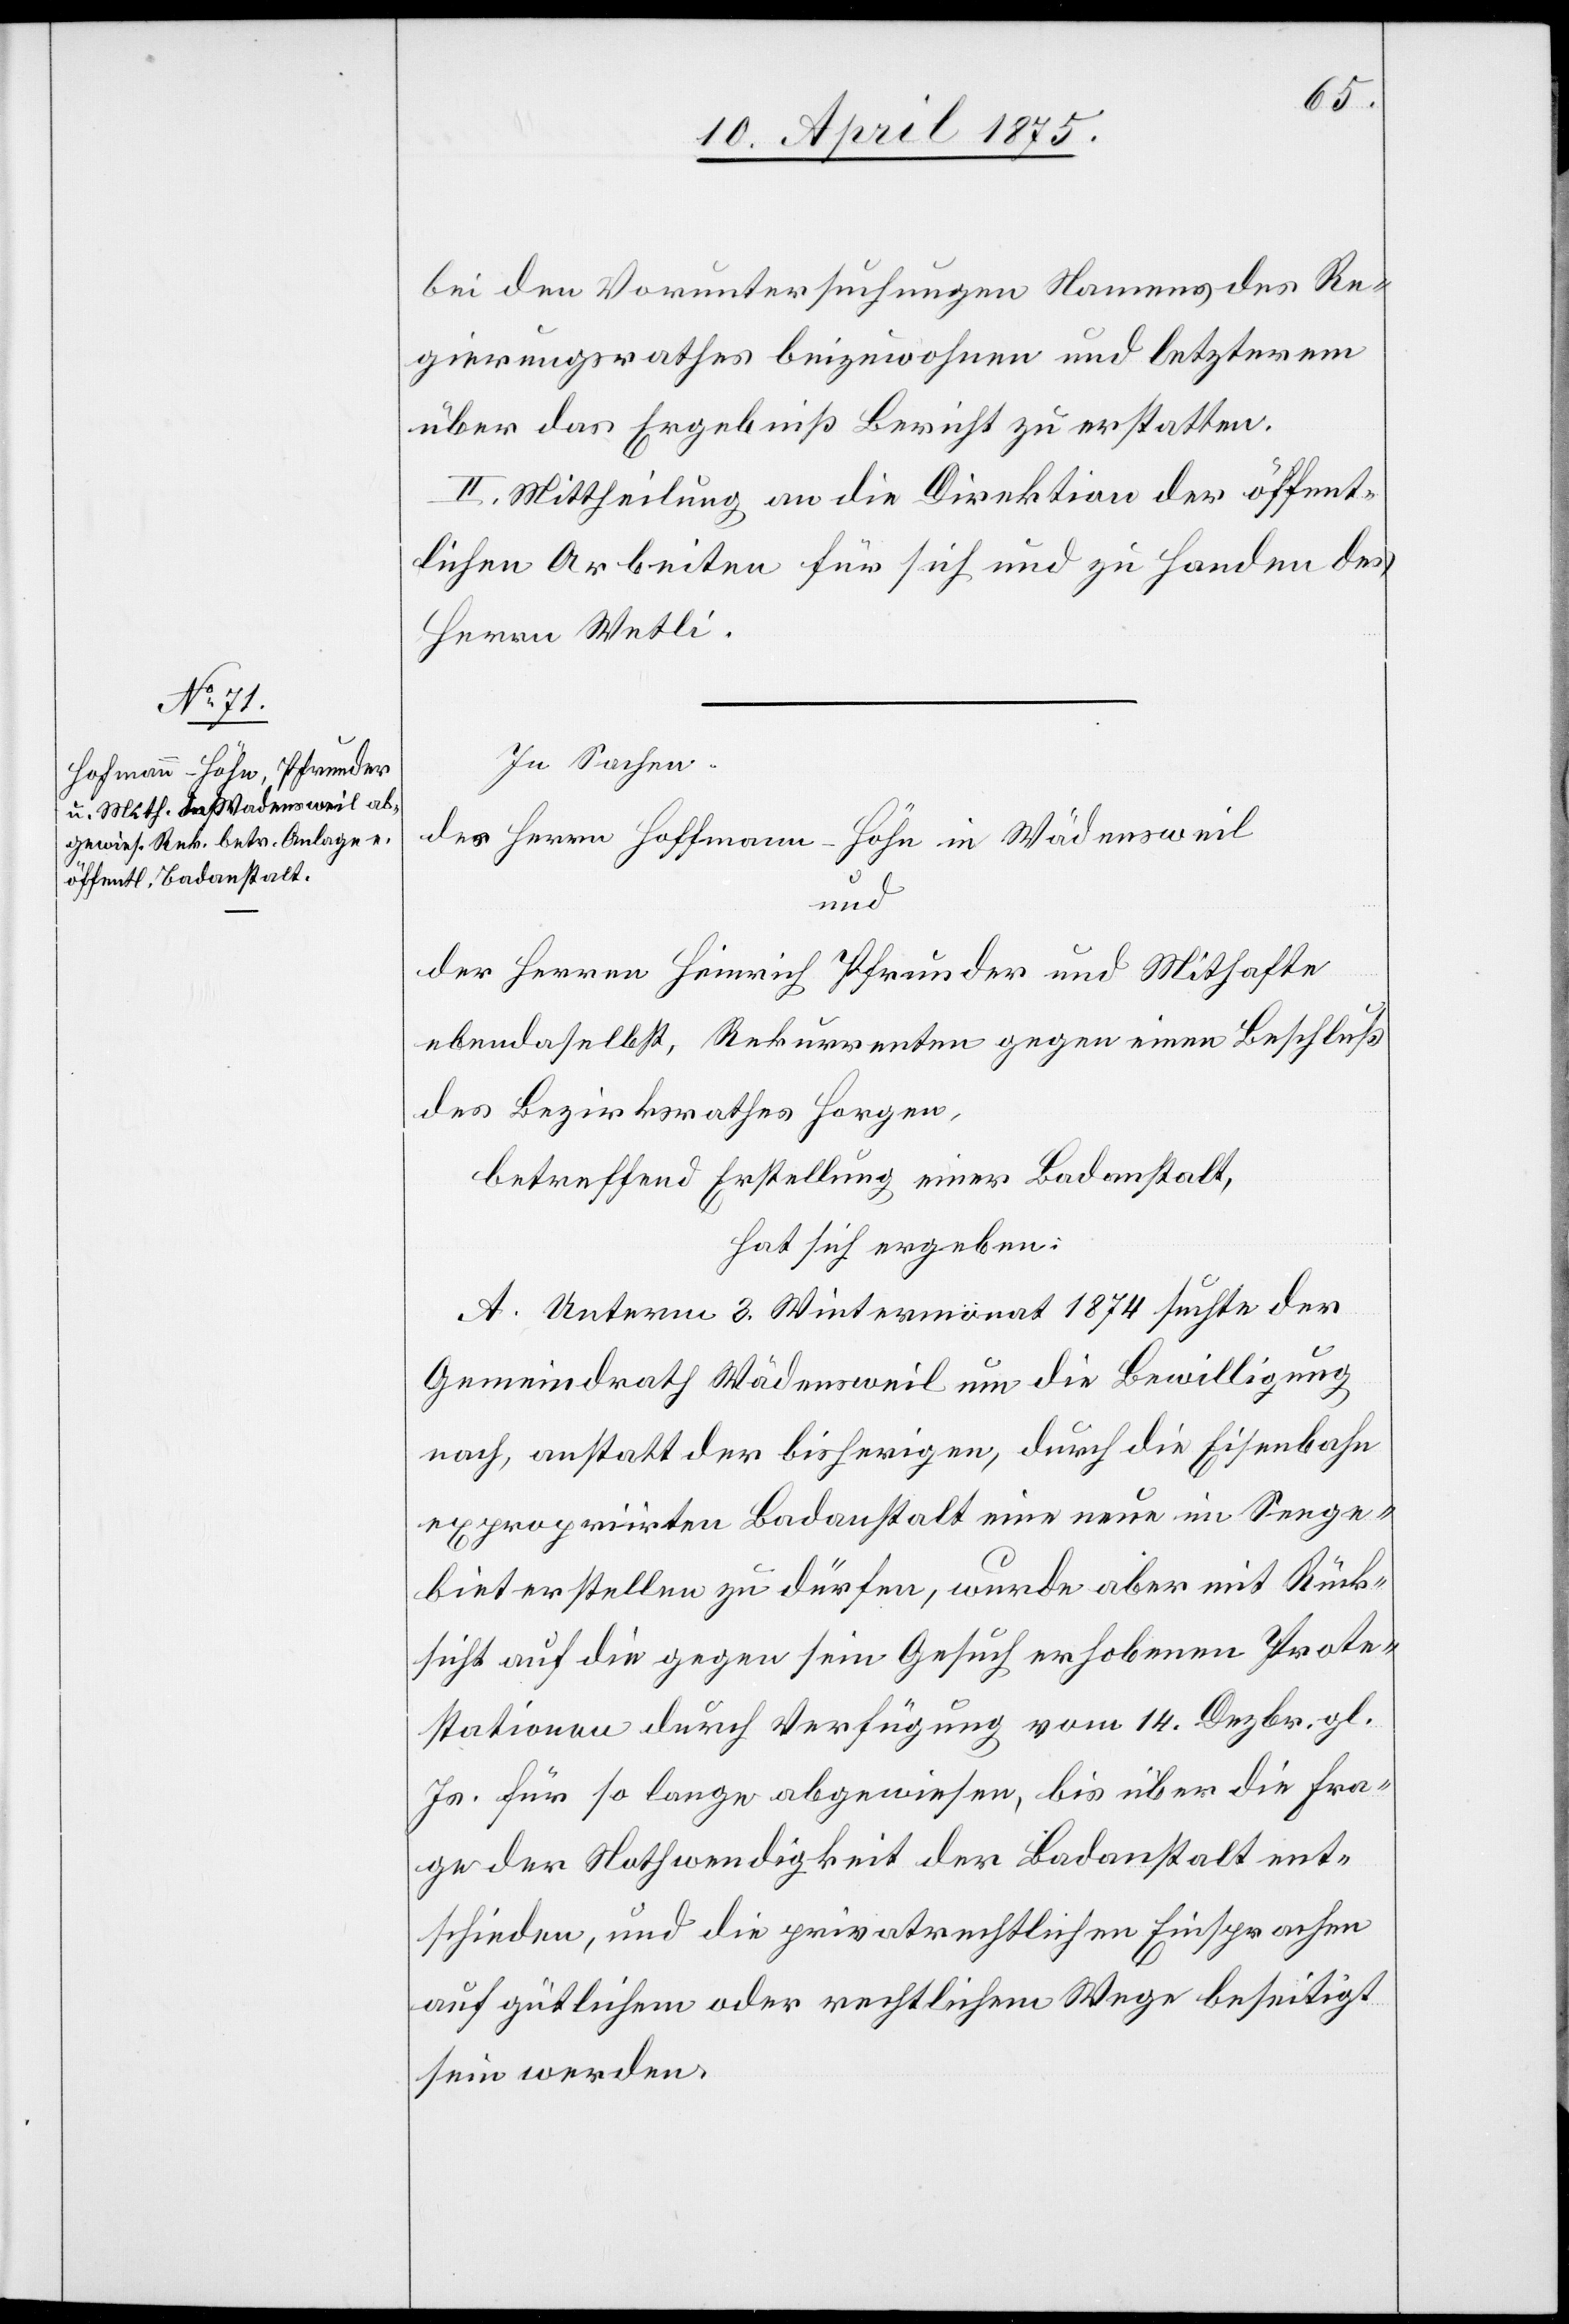
bei den Voruntersuchungen Namens des Re¬
gierungsrathes beizuwohnen und letzterem
über das Ergebniß Bericht zu erstatten.
II. Mittheilung an die Direktion der öffent¬
lichen Arbeiten für sich und zu Handen des
Herrn Wetli.
In Sachen
der Herrn Hoffmann-Höhn in Wädensweil
und
der Herren Heinrich Pfrunder und Mithafte
ebendaselbst, Rekurrenten gegen einen Beschluß
des Bezirksrathes Horgen,
betreffend Erstellung einer Badeanstalt,
hat sich ergeben:
A. Unterm 3. Wintermonat 1874 suchte der
Gemeindrath Wädensweil um die Bewilligung
nach, anstatt der bisherigen, durch die Eisenbahn
expropriirten Badeanstalt eine neue im Seege¬
biet erstellen zu dürfen, wurde aber mit Rück¬
sicht auf die gegen sein Gesuch erhobenen Prote¬
stationen durch Verfügung vom 14. Dezbr. gl.
Js. für so lange abgewiesen, bis über die Fra¬
ge der Nothwendigkeit der Badeanstalt ent¬
schieden, und die privatrechtlichen Einsprachen
auf gütlichem oder rechtlichen Wege beseitigt
sein werden.